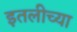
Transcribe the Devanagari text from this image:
इतलीच्या